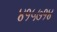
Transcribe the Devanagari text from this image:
४१५७१४